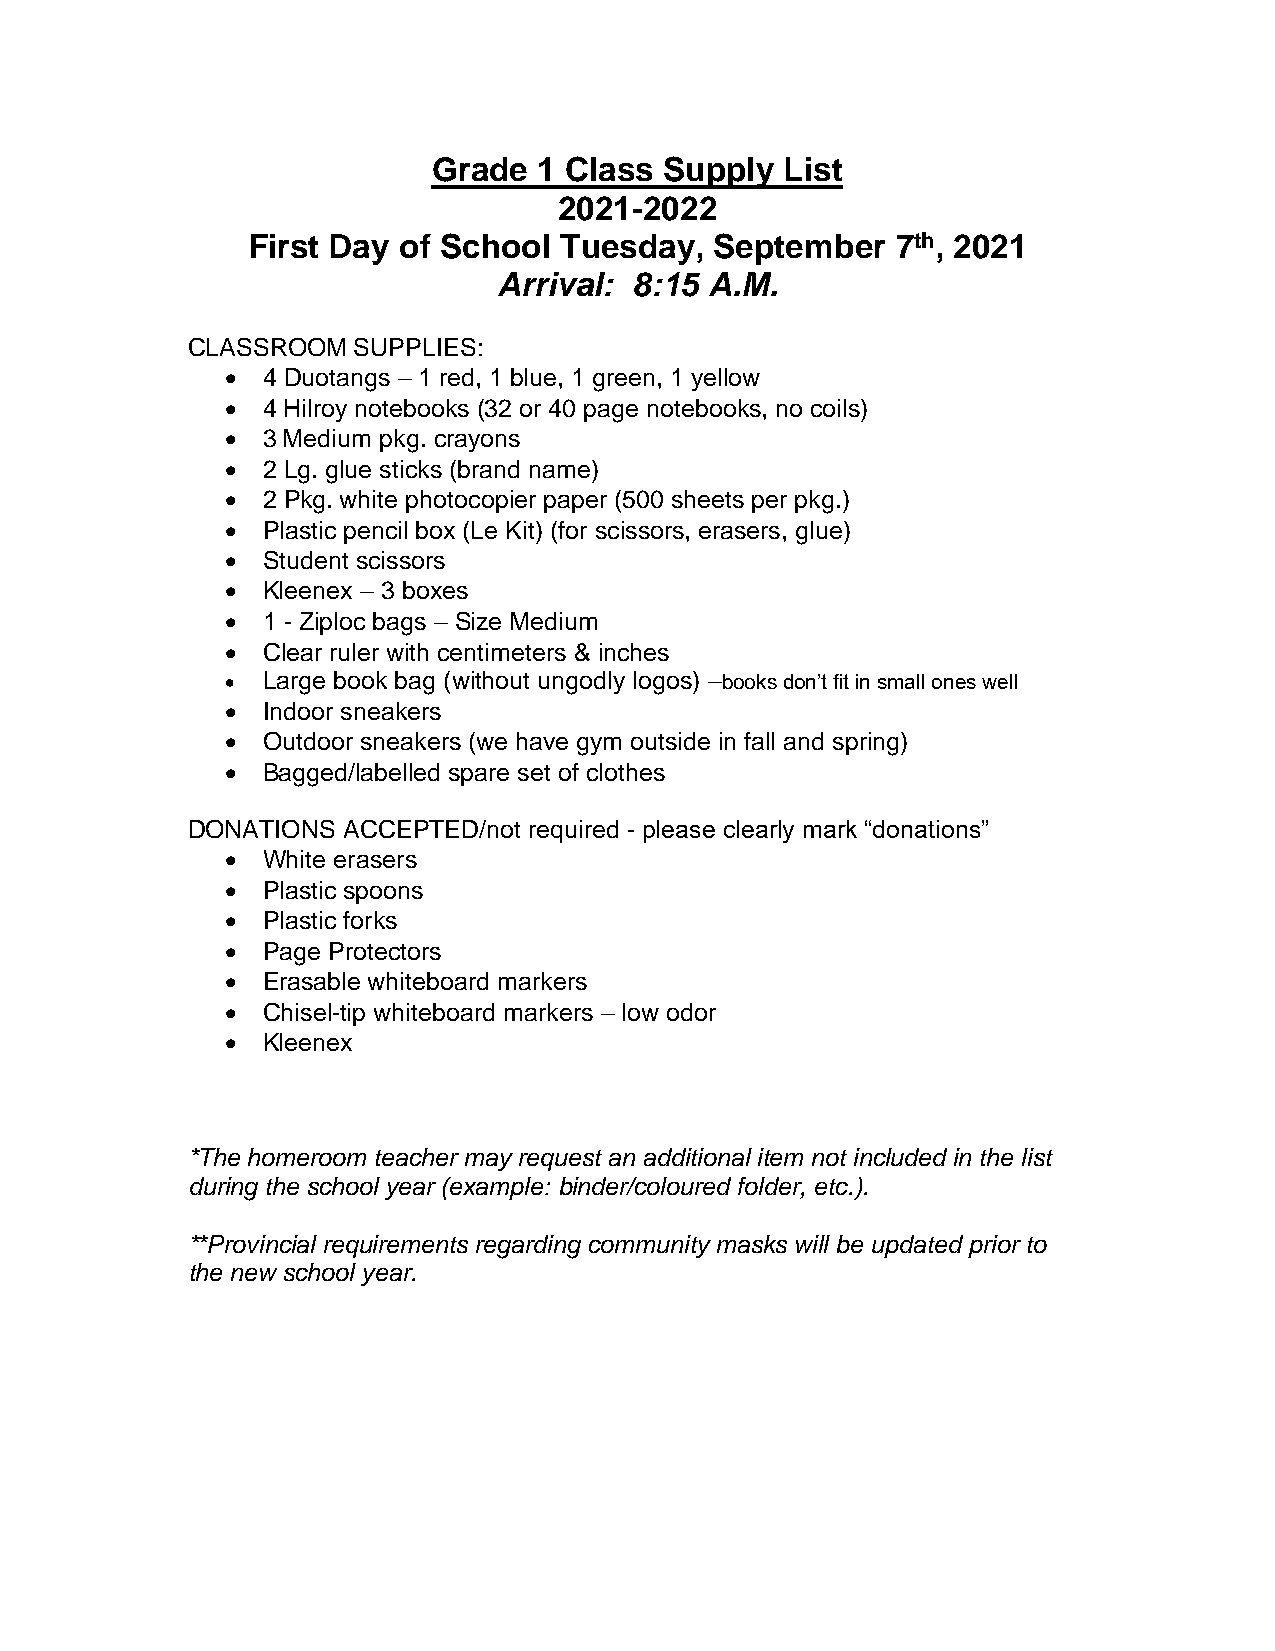
Grade  1 Class Supply  List
 2021-2022
 First Day of School  Tuesday,  September   7th, 2021
 Arrival: 8:15 A.M.
 CLASSROOM  SUPPLIES:
 • 4 Duotangs – 1 red, 1 blue, 1 green, 1 yellow
 • 4 Hilroy notebooks (32 or 40 page notebooks, no coils)
 • 3 Medium pkg. crayons
 • 2 Lg. glue sticks (brand name)
 • 2 Pkg. white photocopier paper (500 sheets per pkg.)
 • Plastic pencil box (Le Kit) (for scissors, erasers, glue)
 • Student scissors
 • Kleenex – 3 boxes
 • 1 - Ziploc bags – Size Medium
 • Clear ruler with centimeters & inches
 • Large book bag (without ungodly logos) –books don’t fit in small ones well
 • Indoor sneakers
 • Outdoor sneakers (we have gym outside in fall and spring)
 • Bagged/labelled spare set of clothes
 DONATIONS  ACCEPTED/not required - please clearly mark “donations”
 • White erasers
 • Plastic spoons
 • Plastic forks
 • Page Protectors
 • Erasable whiteboard markers
 • Chisel-tip whiteboard markers – low odor
 • Kleenex
 *The homeroom teacher may request an additional item not included in the list
 during the school year (example: binder/coloured folder, etc.).
 **Provincial requirements regarding community masks will be updated prior to
 the new school year.